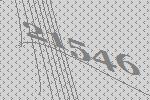
21546